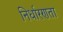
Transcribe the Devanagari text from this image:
निर्धारणता